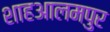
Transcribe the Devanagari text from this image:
शाहआलमपुर